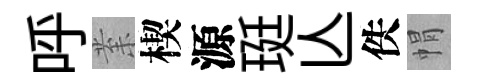
呼𭪙楔源珽亾佚㡌